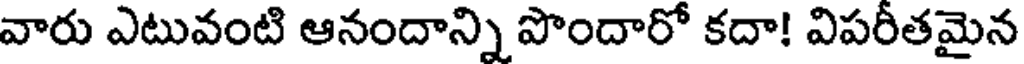
వారు ఎటువంటి ఆనందాన్ని పొందారో కదా! విపరీతమైన